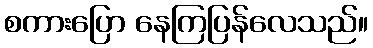
စကားပြော နေကြပြန်လေသည်။